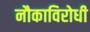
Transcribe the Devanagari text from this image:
नौकाविरोधी